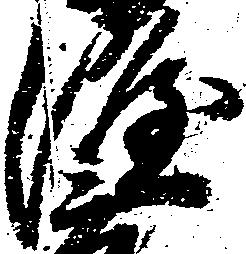
隆